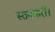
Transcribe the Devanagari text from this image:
स्तनधारी।